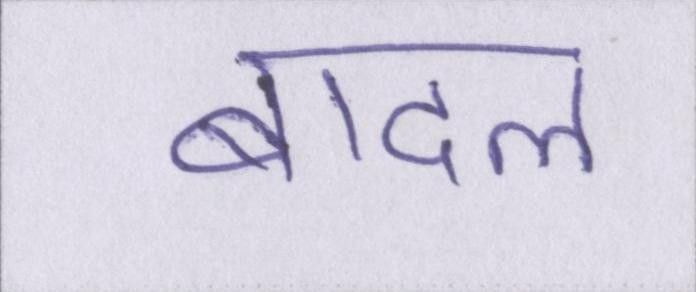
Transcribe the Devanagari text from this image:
बादल